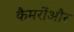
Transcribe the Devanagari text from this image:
कैमरोंऔर